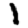
Digit: 1